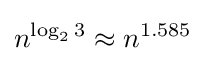
n^{\log _{2}3}\approx n^{1.585}